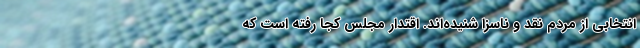
انتخابی از مردم نقد و ناسزا شنیده‌اند. اقتدار مجلس کجا رفته است که